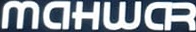
MAHWER